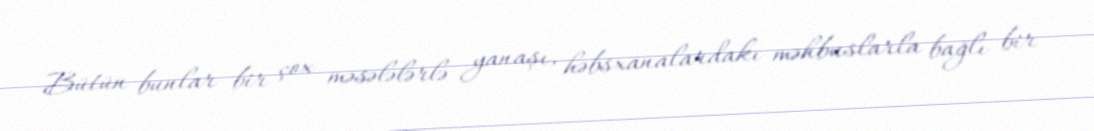
Bütün bunlar bir çox məsələlərlə yanaşı, həbsxanalardakı məhbuslarla bağlı bir